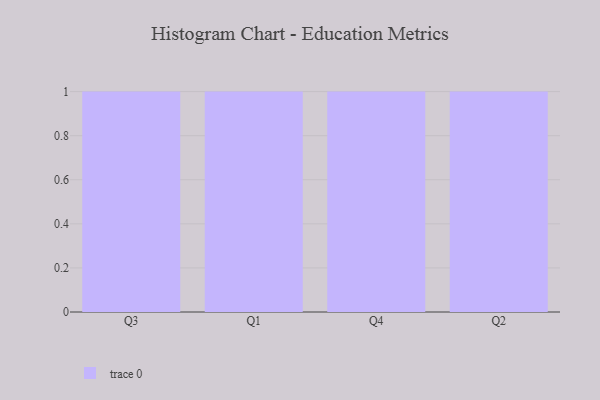
{"axis": {"x": "Quarter", "y": "Page Views"}, "legend": [""], "data": [{"x": "Q3", "y": 41, "type": ""}, {"x": "Q1", "y": 48, "type": ""}, {"x": "Q4", "y": 53, "type": ""}, {"x": "Q2", "y": 28, "type": ""}]}